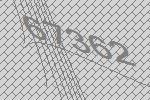
67362